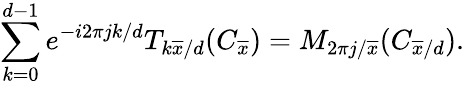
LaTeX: \sum_{k=0}^{d-1}e^{-i2\pi jk/d}T_{k\overline{{x}}/d}(C_{\overline{{x}}})=M_{2\pi j/\overline{{x}}}(C_{\overline{{x}}/d}).